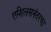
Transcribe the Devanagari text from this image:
एशिलसनंतरचा